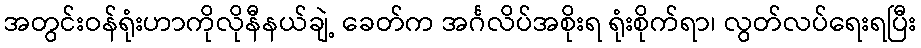
အတွင်းဝန်ရုံးဟာကိုလိုနီနယ်ချဲ့ ခေတ်က အင်္ဂလိပ်အစိုးရ ရုံးစိုက်ရာ၊ လွတ်လပ်ရေးရပြီး